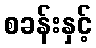
စခန်းနှင့်